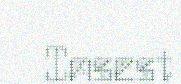
Insest